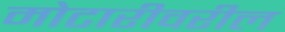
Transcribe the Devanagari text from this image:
मोटारीवरील